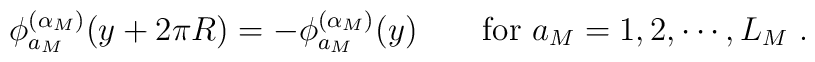
\phi_{a_M}^{(\alpha_M)}(y+2\pi R)	=		-\phi_{a_M}^{(\alpha_M)}(y)	\qquad	\mbox{for $a_M=1,2,\cdots,L_M$}\ .